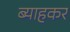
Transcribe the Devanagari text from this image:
ब्याहकर